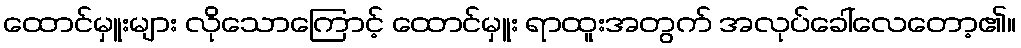
ထောင်မှူးများ လိုသောကြောင့် ထောင်မှူး ရာထူးအတွက် အလုပ်ခေါ်လေတော့၏။